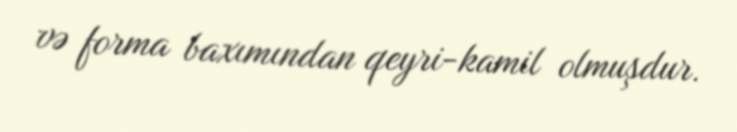
və forma baxımından qeyri-kamil olmuşdur.